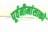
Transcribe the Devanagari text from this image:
पूर्वमीमांसाकाे